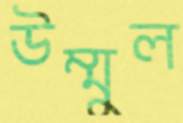
উম্মুল